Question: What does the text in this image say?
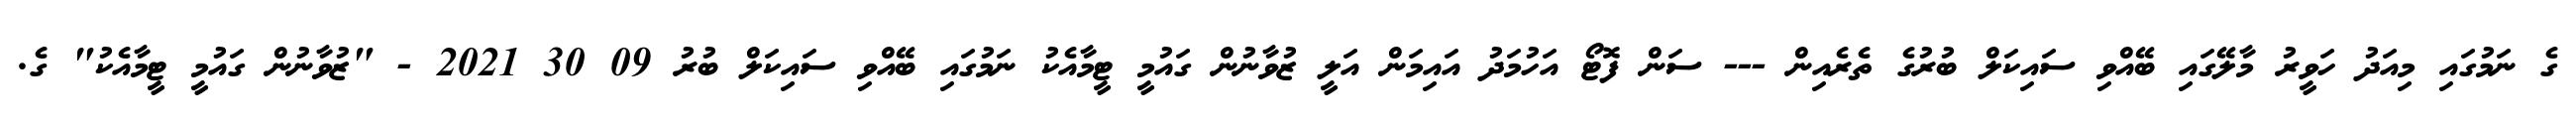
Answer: ގެ ނަމުގައި މިއަދު ހަވީރު މާލޭގައި ބޭއްވި ސައިކަލް ބުރުގެ ތެރެއިން --- ސަން ފޮޓޯ އަހުމަދު އައިމަން އަލީ ޒުވާނުން ގައުމީ ޓީމާއެކު ނަމުގައި ބޭއްވި ސައިކަލް ބުރު 09 30 2021 - "ޒުވާނުން ގައުމީ ޓީމާއެކު" ގެ.